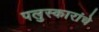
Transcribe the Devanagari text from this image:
पलुस्कारांचे